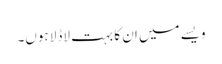
ویسے میں ان کا بہت لاڈلا ہوں۔